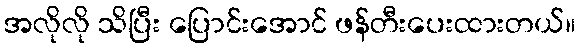
အလိုလို သိပြီး ပြောင်းအောင် ဖန်တီးပေးထားတယ်။